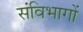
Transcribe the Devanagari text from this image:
संविभागों